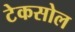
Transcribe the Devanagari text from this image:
टेकसोल